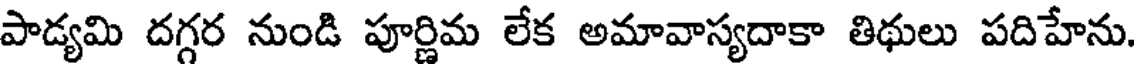
పాడ్యమి దగ్గర నుండి పూర్ణిమ లేక అమావాస్యదాకా తిథులు పదిహేను